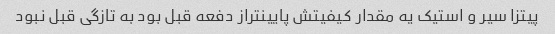
پیتزا سیر و استیک یه مقدار کیفیتش پایینتراز دفعه قبل بود به تازگی قبل نبود